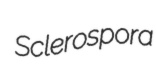
Sclerospora